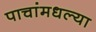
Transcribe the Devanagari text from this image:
पाचांमधल्या